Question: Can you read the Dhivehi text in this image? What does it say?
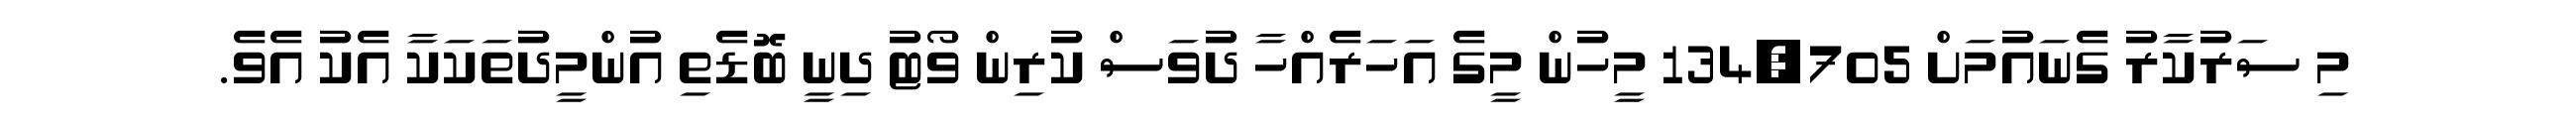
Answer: މި ސަރުކާރު ގެނައުމަށް 134,705 މީހުން މީގެ އަހަރެއްހާ ދުވަސް ކުރިން ވޯޓު ދިނީ ބޮޑެތި އުންމީދުތަކަކާ އެކު އެވެ.